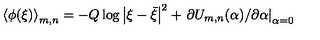
\left\langle \phi ( \xi ) \right\rangle _ { m , n } = - Q \log \left| \xi - \bar { \xi } \right| ^ { 2 } + \left. \partial U _ { m , n } ( \alpha ) / \partial \alpha \right| _ { \alpha = 0 }